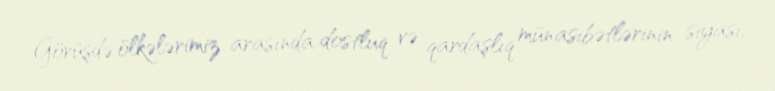
Görüşdə ölkələrimiz arasında dostluq və qardaşlıq münasibətlərinin siyasi,